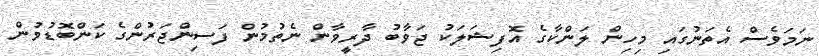
ނަމަވެސް އެތަނުގައި މިހިން ލަންކާގެ އޮފިޝަލަކު ޖަވާބު ދާރީވާން ނެތުމުން ފަސިންޖަރުންގެ ކަންބޮޑުވުން